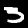
Label: 3